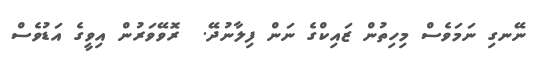
ނޭނގި ނަމަވެސް މިހިތުން ޒައިކްގެ ނަން ފިލާނުދޭ.  ރޮވޭވަރުން އިވީގެ އަޑުވެސް